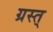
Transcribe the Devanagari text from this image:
ग्रस्त्